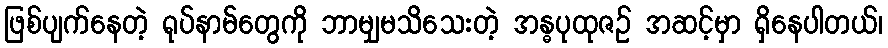
ဖြစ်ပျက်နေတဲ့ ရုပ်နာမ်တွေကို ဘာမျှမသိသေးတဲ့ အန္ဓပုထုဇဉ် အဆင့်မှာ ရှိနေပါတယ်၊